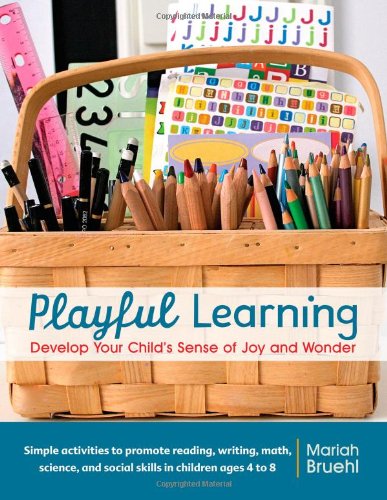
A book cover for Playful Learning: Develop Your Child's Sense of Joy and Wonder; Mariah Bruehl; Parenting & Relationships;